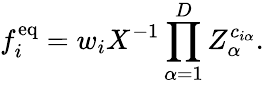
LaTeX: f_{i}^{\mathrm{eq}}=w_{i}X^{-1}\prod_{\alpha=1}^{D}Z_{\alpha}^{c_{i\alpha}}.